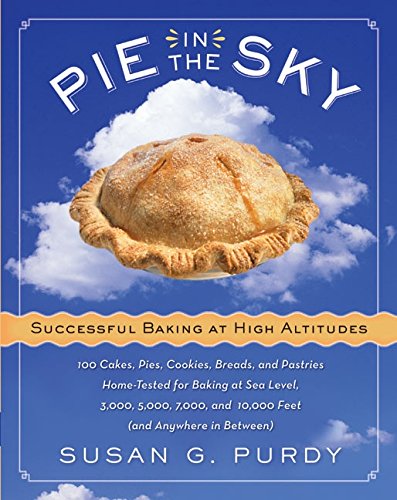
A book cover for Pie in the Sky Successful Baking at High Altitudes: 100 Cakes, Pies, Cookies, Breads, and Pastries Home-tested for Baking at Sea Level, 3,000, 5,000, 7,000, and 10,000 feet (and Anywhere in Between).; Susan G. Purdy; Cookbooks, Food & Wine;